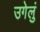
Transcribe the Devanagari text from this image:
उगेलुं